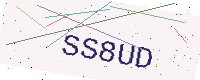
Text: SS8UD